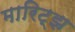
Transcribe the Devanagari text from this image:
मारिट्झ